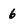
Character: 6